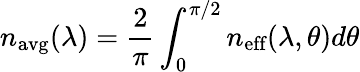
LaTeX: n_{\textrm{avg}}(\lambda)=\frac{2}{\pi}\int_{0}^{\pi/2}n_{\textrm{eff}}(\lambda,\theta)d\theta